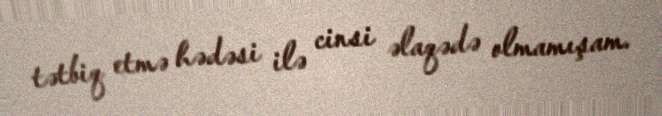
tətbiq etmə hədəsi ilə cinsi əlaqədə olmamışam.